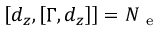
\left[ d _ { z } , \left[ \Gamma , d _ { z } \right] \right] = N _ { \mathrm { ~ e ~ } }